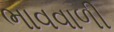
ભાવવાળી